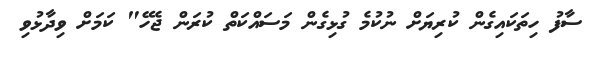
ސާފު ހިތަކައިގެން ކުރިޔަށް ނުކުމެ ގުޅިގެން މަސައްކަތް ކުރަން ޖެހޭ" ކަމަށް ވިދާޅުވި